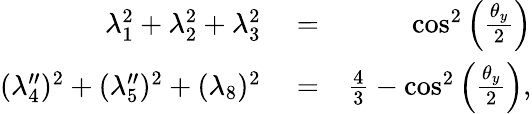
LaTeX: \begin{array}{rlr}{\lambda_{1}^{2}+\lambda_{2}^{2}+\lambda_{3}^{2}}&{{}=}&{\cos^{2}\left(\frac{\theta_{y}}{2}\right)}\\ {(\lambda_{4}^{\prime\prime})^{2}+(\lambda_{5}^{\prime\prime})^{2}+(\lambda_{8})^{2}}&{{}=}&{\frac{4}{3}-\cos^{2}\left(\frac{\theta_{y}}{2}\right),}\end{array}